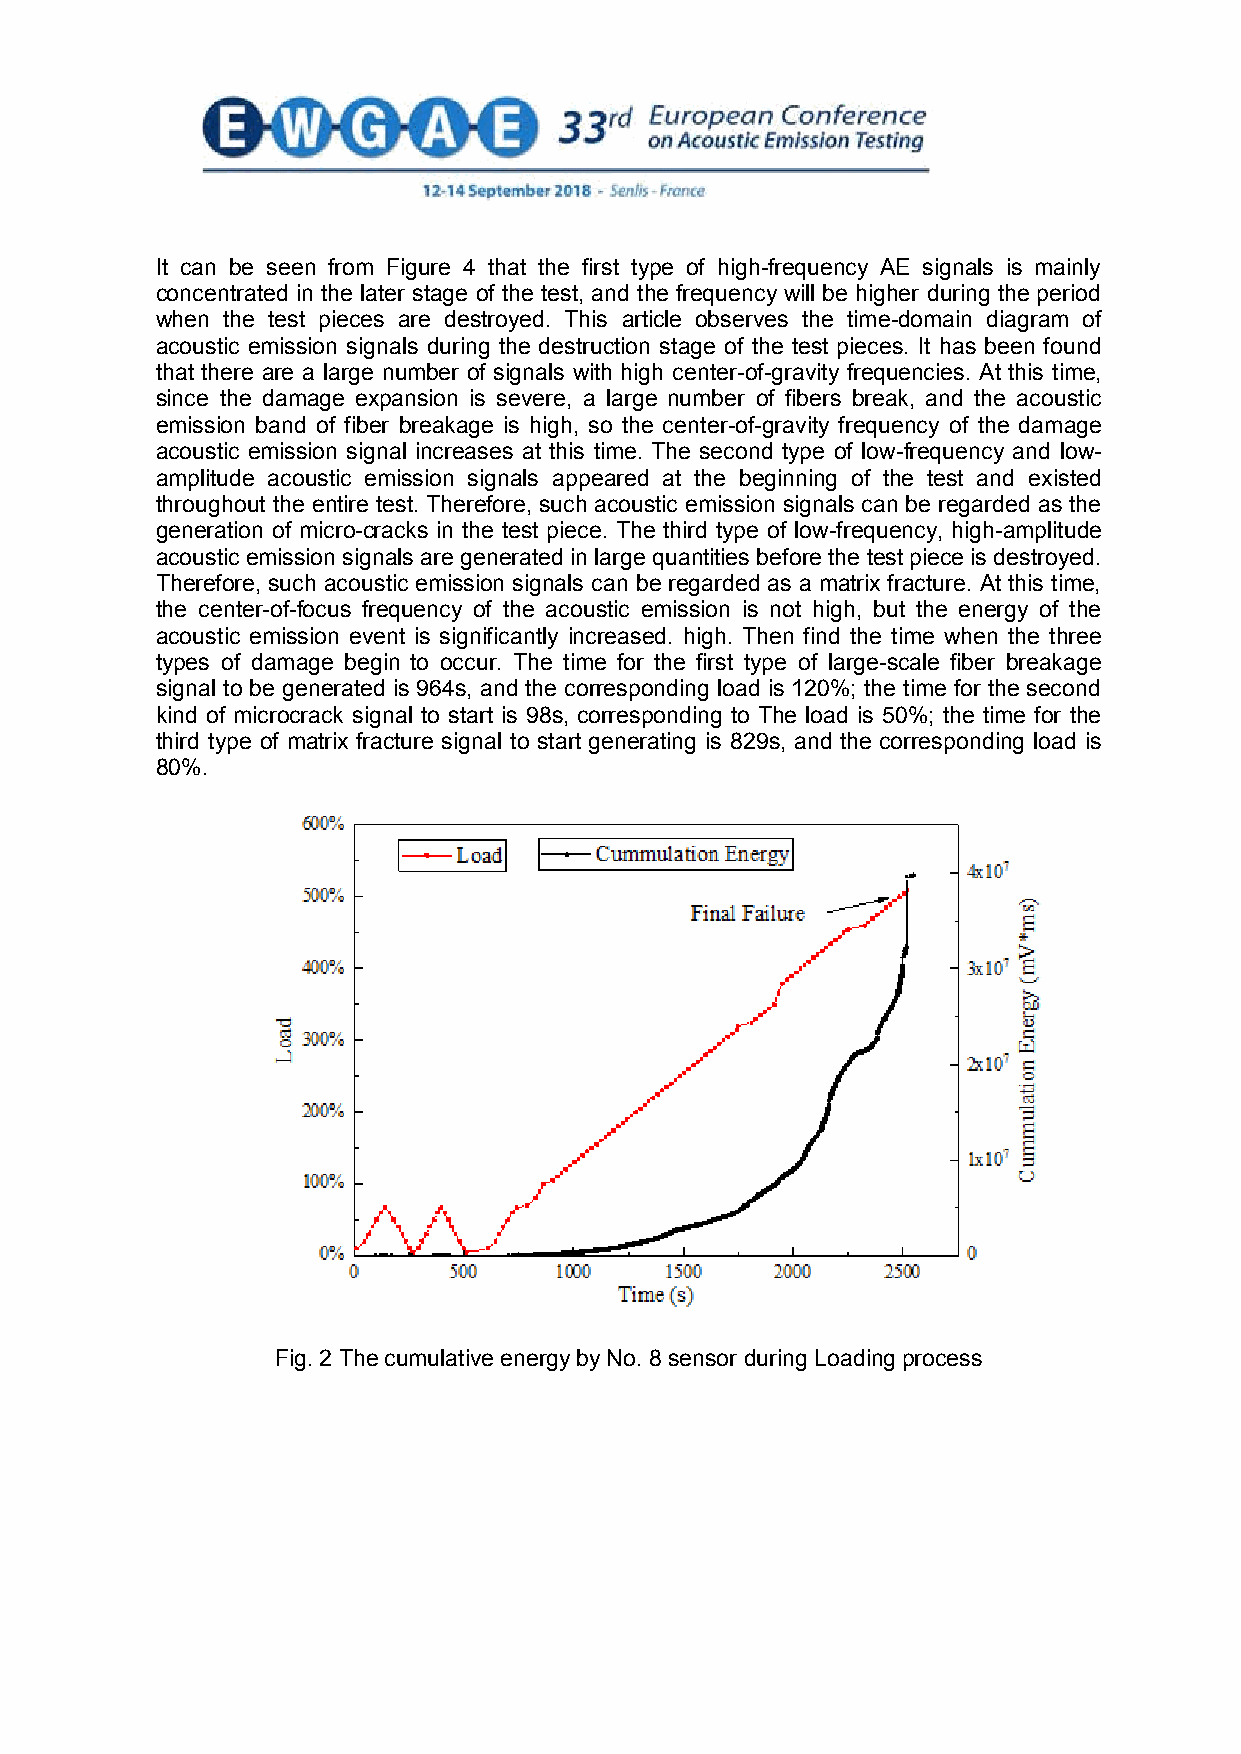
It can be seen from Figure 4 that the first type of high-frequency AE signals is mainly
 concentrated in the later stage of the test, and the frequency will be higher during the period
 when the test pieces are destroyed. This article observes the time-domain diagram of
 acoustic emission signals during the destruction stage of the test pieces. It has been found
 that there are a large number of signals with high center-of-gravity frequencies. At this time,
 since the damage expansion is severe, a large number of fibers break, and the acoustic
 emission band of fiber breakage is high, so the center-of-gravity frequency of the damage
 acoustic emission signal increases at this time. The second type of low-frequency and low-
 amplitude acoustic emission signals appeared at the beginning of the test and existed
 throughout the entire test. Therefore, such acoustic emission signals can be regarded as the
 generation of micro-cracks in the test piece. The third type of low-frequency, high-amplitude
 acoustic emission signals are generated in large quantities before the test piece is destroyed.
 Therefore, such acoustic emission signals can be regarded as a matrix fracture. At this time,
 the center-of-focus frequency of the acoustic emission is not high, but the energy of the
 acoustic emission event is significantly increased. high. Then find the time when the three
 types of damage begin to occur. The time for the first type of large-scale fiber breakage
 signal to be generated is 964s, and the corresponding load is 120%; the time for the second
 kind of microcrack signal to start is 98s, corresponding to The load is 50%; the time for the
 third type of matrix fracture signal to start generating is 829s, and the corresponding load is
 80%.
 Fig. 2 The cumulative energy by No. 8 sensor during Loading process
 3